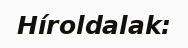
Híroldalak: